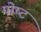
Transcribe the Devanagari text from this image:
पोष्‍ट